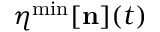
{ \boldsymbol \eta } ^ { \mathrm { m i n } } [ { \bf n } ] ( t )